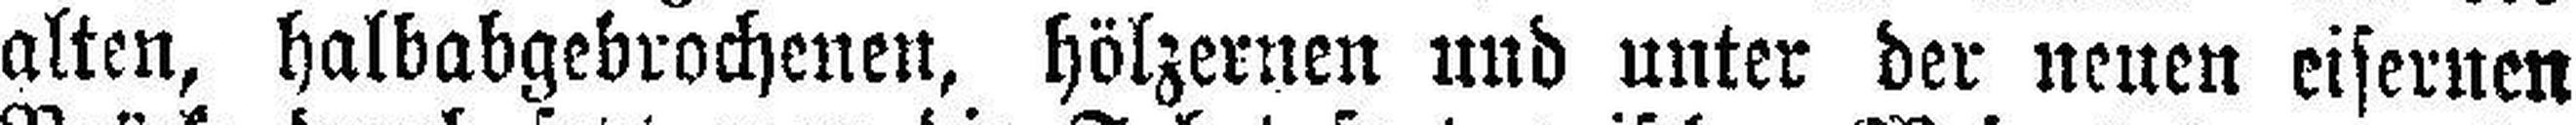
alten, halbabgebrochenen, hölzernen und unter der neuen eisernen